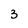
Character: 3